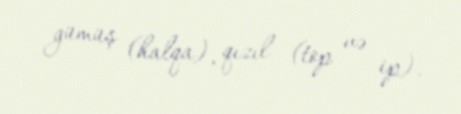
gümüş (halqa), qızıl (top və ip).